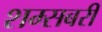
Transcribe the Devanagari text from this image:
शम्सबरी